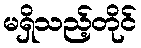
မရှိသည့်တိုင်